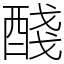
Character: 醆